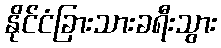
နိုင်ငံခြားသားခရီးသွား